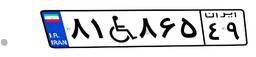
۵۳W۲۰۷۲۷